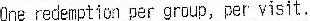
ONE REDEMPTION PER GROUP, PER VISIT.